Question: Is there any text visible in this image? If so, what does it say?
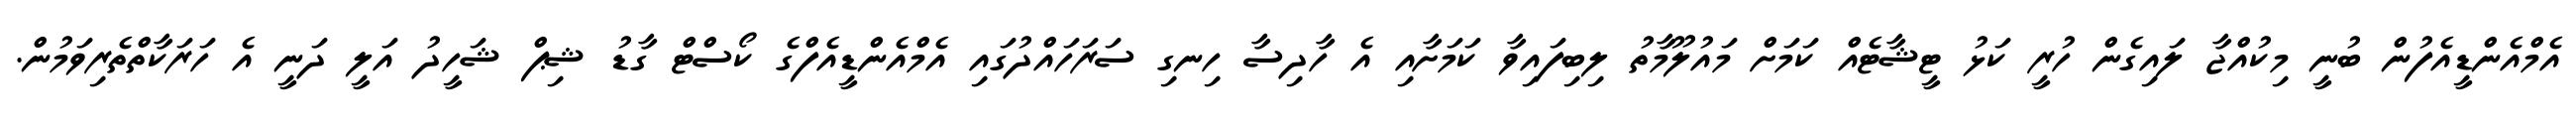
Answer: އެމްއެންޑީއެފުން ބުނީ މިކުއްޖާ ލައިގެން ހުރީ ކަޅު ޓީޝާޓެއް ކަމަށް މައުލޫމާތު ލިބިފައިވާ ކަމަށާއި އެ ހާދިސާ ހިނގި ސަރަހައްދުގައި އެމްއެންޑީއެފްގެ ކޯސްޓް ގާޑު ޝިޕް ޝަހީދު އަލީ ދަނީ އެ ހަރަކާތްތެރިވަމުން.